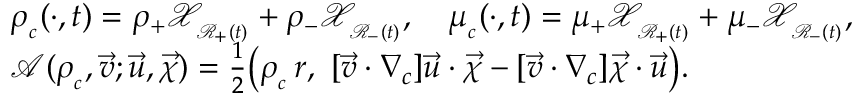
\begin{array} { r l } & { \rho _ { _ c } ( \cdot , t ) = \rho _ { + } \mathscr { X } _ { _ { \mathcal { R } _ { + } ( t ) } } + \rho _ { - } \mathscr { X } _ { _ { \mathcal { R } _ { - } ( t ) } } , \quad \mu _ { _ c } ( \cdot , t ) = \mu _ { + } \mathscr { X } _ { _ { \mathcal { R } _ { + } ( t ) } } + \mu _ { - } \mathscr { X } _ { _ { \mathcal { R } _ { - } ( t ) } } , } \\ & { \mathscr { A } ( \rho _ { _ c } , \vec { v } ; \vec { u } , \vec { \chi } ) = \frac { 1 } { 2 } \bigl ( \rho _ { _ c } \, r , ~ [ \vec { v } \cdot \nabla _ { c } ] \vec { u } \cdot \vec { \chi } - [ \vec { v } \cdot \nabla _ { c } ] \vec { \chi } \cdot \vec { u } \bigr ) . } \end{array}